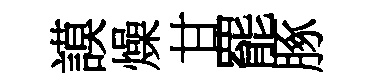
謨燥甘罷䐁